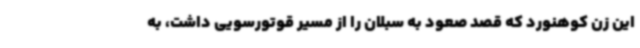
این زن کوهنورد که قصد صعود به سبلان را از مسیر قوتورسویی داشت، به